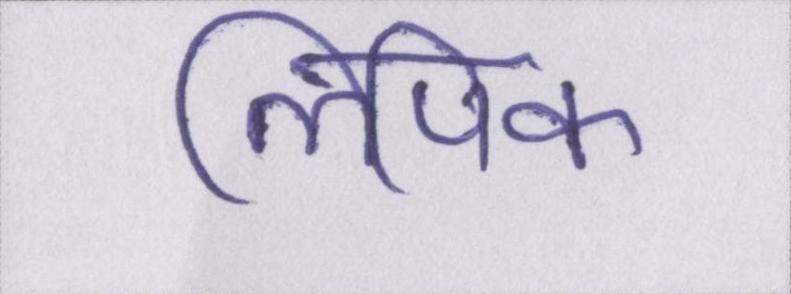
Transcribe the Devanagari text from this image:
लिपिक